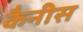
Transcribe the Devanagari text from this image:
कैनीस